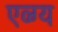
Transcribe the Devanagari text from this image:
एव्ग्य